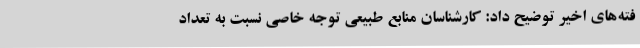
فته‌های اخیر توضیح داد: کارشناسان منابع طبیعی توجه خاصی نسبت به تعداد